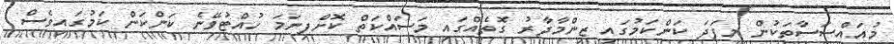
މުއައްސަސާތަކުން މިފަދަ ކަންކަމުގައި ޒިންމާދާރު ގޮތެއްގައި މަސައްކަތް ކޮށްފިނަމަ ހުއްޓުވޭނެ ކަންކަން ކަމުގައިވެސް